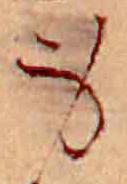
身